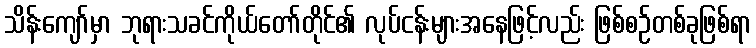
သိန်းကျော်မှာ ဘုရားသခင်ကိုယ်တော်တိုင်၏ လုပ်ငန်းများအနေဖြင့်လည်း ဖြစ်စဉ်တစ်ခုဖြစ်ရာ